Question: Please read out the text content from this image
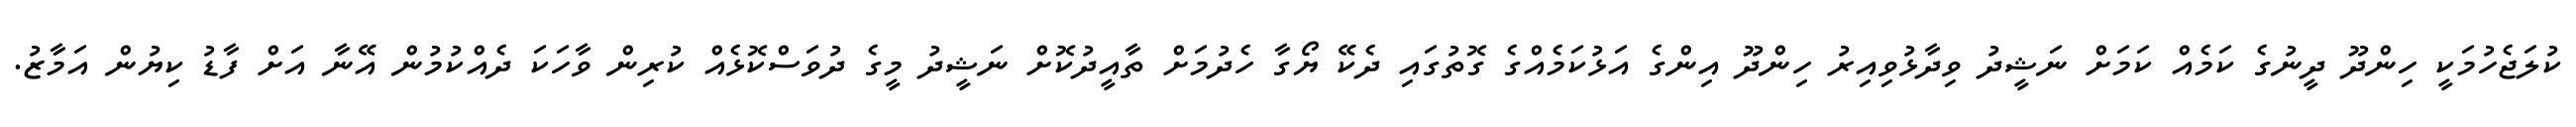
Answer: ކުލަޖެހުމަކީ ހިންދޫ ދީނުގެ ކަމެއް ކަމަށް ނަޝީދު ވިދާޅުވިއިރު ހިންދޫ އިންގެ އަޅުކަމެއްގެ ގޮތުގައި ދެކޭ ޔޯގާ ހެދުމަށް ތާއީދުކޮށް ނަޝީދު މީގެ ދުވަސްކޮޅެއް ކުރިން ވާހަކަ ދެއްކުމުން އޭނާ އަށް ފާޑު ކިޔުން އަމާޒު.